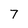
Character: 7